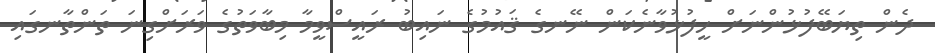
ދެން ތިޔަބޭފުޅުންނަށް ހީފުޅުވާނެކަން ނޭނގެ ޤައުމުގެ ނައިބު ރައީސްވީމާ މިބާވަތުގެ ވަރަށްގިނަ ތަންތާނގައި